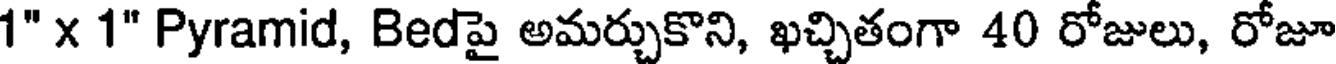
1" x 1" Pyramid, Bedపై అమర్చుకొని, ఖచ్చితంగా 40 రోజులు, రోజూ